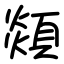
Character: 顃